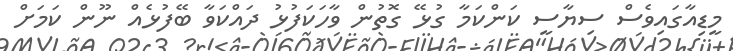
މީޑިއާގައިވެސް ސިޔާސީ ކަންކަމާ ގުޅޭ ގޮތުން ވާހަކަފުޅު ދައްކަވާ ބޭފުޅެއް ނޫން ކަމަށް